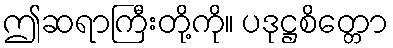
ဤဆရာကြီးတို့ကို။ ပဒုဋ္ဌစိတ္တော